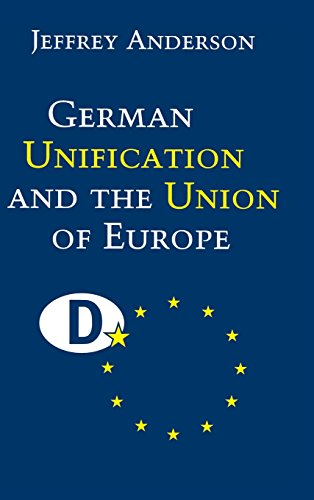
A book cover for German Unification and the Union of Europe: The Domestic Politics of Integration Policy; Jeffrey Anderson; Business & Money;